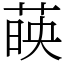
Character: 𦴤